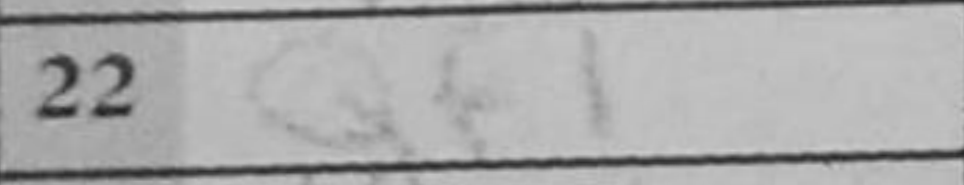
Transcription: Qf1